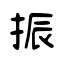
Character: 振